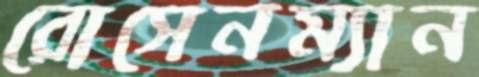
রোসেনম্যান